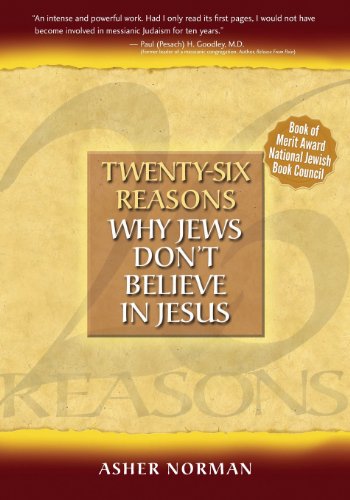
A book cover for Twenty-Six Reasons Why Jews Don't Believe In Jesus; Asher Norman; Christian Books & Bibles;